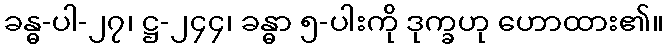
ခန္ဓ-ပါ-၂၇၊ ဋ္ဌ-၂၄၄၊ ခန္ဓာ ၅-ပါးကို ဒုက္ခဟု ဟောထား၏။